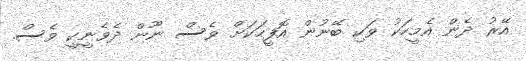
އޭރު ދެން އެމީހަކު ވަކި ބޭނުން އޮފީހަކަށް ވެސް ނޫން ދެވެނީކީ ވެސް.